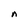
Character: n